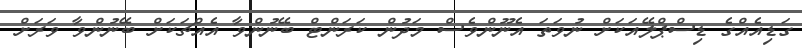
ގަޑިއެއްގެ ޑިސްޕްލޭއަކަށް ނުވަތަ އެނޫންވެސް މަދުން ކަރަންޓް ބޭނުންވާ އެއްޗަކަށް ބޭނުންވާ ވަރަށް